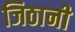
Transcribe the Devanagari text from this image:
जिठानी